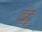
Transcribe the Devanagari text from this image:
केंदू